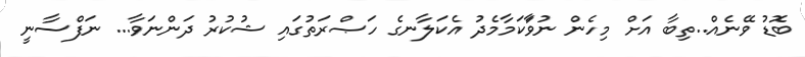
ބޮޑު ވޭނެއް..ތިބާ އަށް މިހެން ނުވަާކަމާމެދު އެކަލާނގެ ހަޞްރަތުގައި ޝުކުރު ދަންނަވާ... ނަފްސާނީ